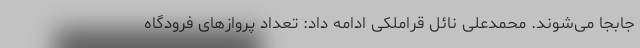
جابجا می‌شوند. محمدعلی نائل قراملکی ادامه داد: تعداد پروازهای فرودگاه